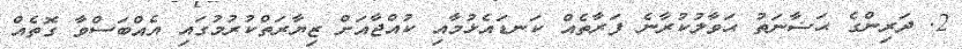
2. ދަރިންގެ ޙަޟާނަތު ޙަވާލުކުރާނެ ފަރާތެއް ކަނޑައެޅުމާއި ކުއްޖާއަށް ޒިޔާރަތްކުރުމުގައި އެއްބަސްވާ ގޮތެއް